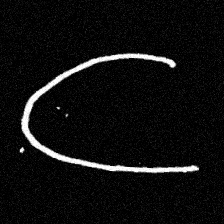
Pyu character \u2014 Myanmar letter: ဋ (romanized: tta)